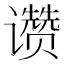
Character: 𬤮